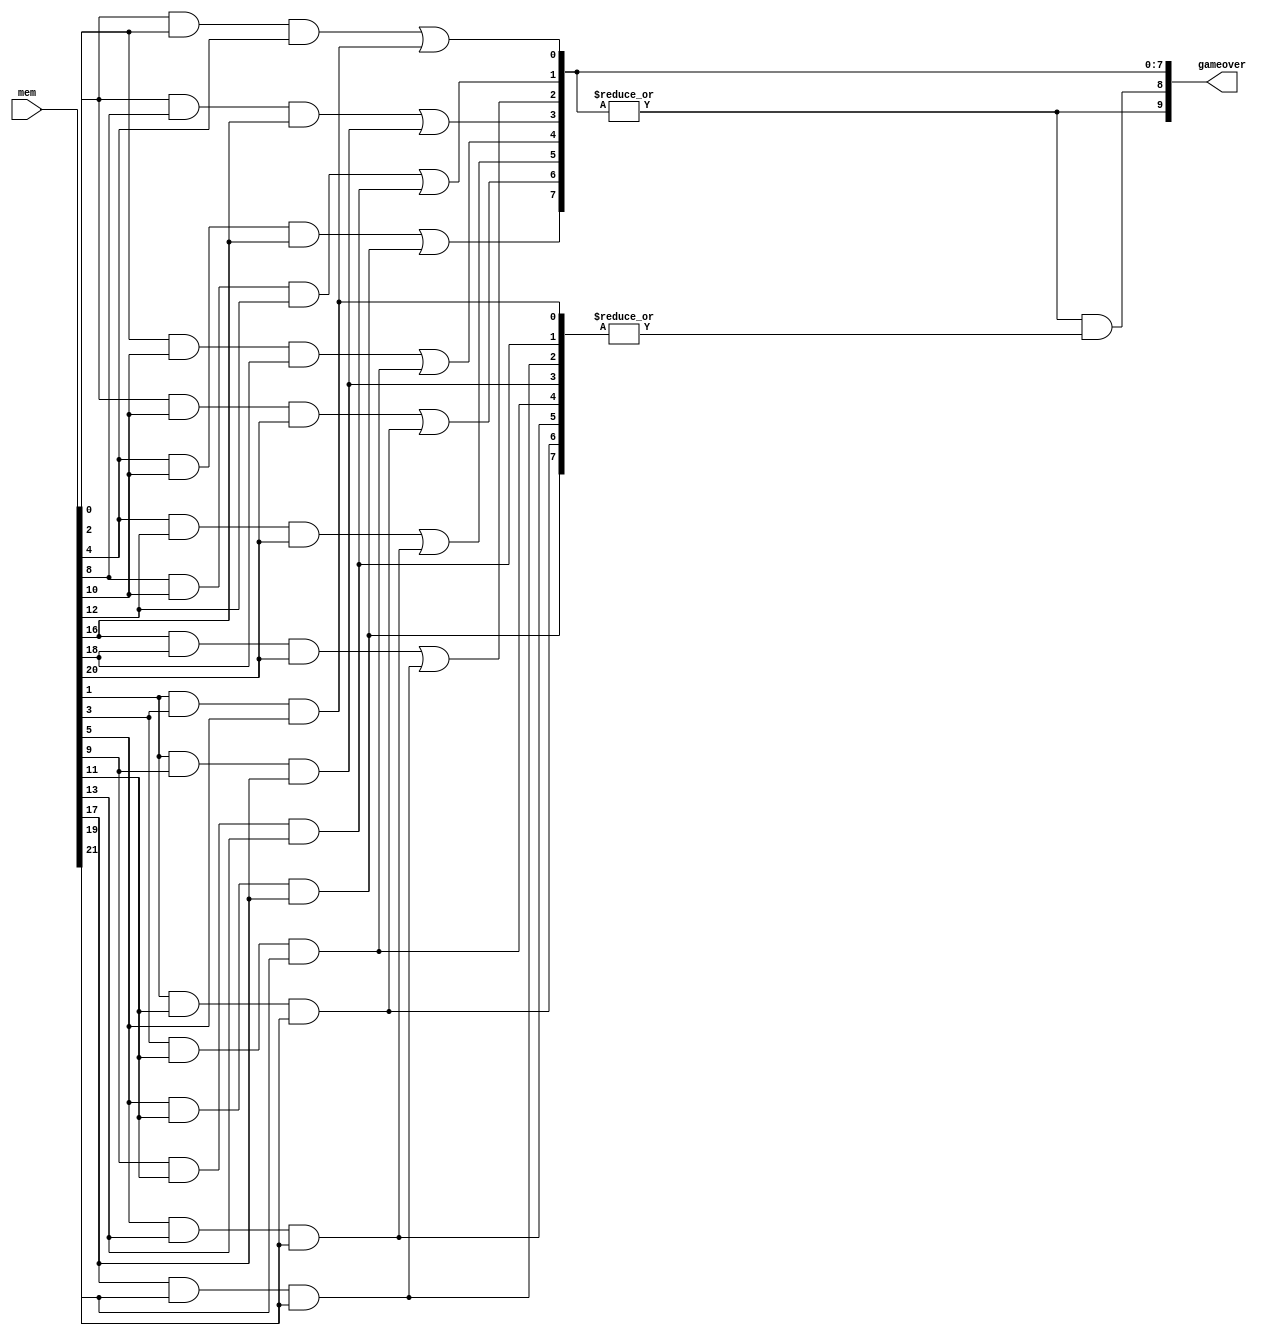
`timescale 1ns / 1ps
//////////////////////////////////////////////////////////////////////////////////
// Company: 
// Engineer: 
// 
// Design Name: 
// Module Name: go_encode
// Project Name: 
// Target Devices: 
// Tool Versions: 
// Description: 
// 
// Dependencies: 
// 
// Revision:
// Revision 0.01 - File Created
// Additional Comments:
// 
//////////////////////////////////////////////////////////////////////////////////

module go_encode(
    input [31:0] mem,
    output [9:0] gameover
    );
    //gameover: bool win, bool winner, bool line[8]
    wire [15:0] line;
    
    // P1 has won in one of eight ways: row 1-3, column 1-3, diagonal up left to bottom right, diagonal up right to bottom left
    assign line[0] = (mem[0] & mem[2] & mem[4]);
    assign line[1] = (mem[8] & mem[10] & mem[12]);
    assign line[2] = (mem[16] & mem[18] & mem[20]);
    assign line[3] = (mem[0] & mem[8] & mem[16]);
    assign line[4] = (mem[2] & mem[10] & mem[18]);
    assign line[5] = (mem[4] & mem[12] & mem[20]);
    assign line[6] = (mem[0] & mem[10] & mem[20]);
    assign line[7] = (mem[4] & mem[10] & mem[16]);
    
    // P2 has won (in the same ways/order as P1 above)
    assign line[8] = (mem[1] & mem[3] & mem[5]);
    assign line[9] = (mem[9] & mem[11] & mem[13]);
    assign line[10] = (mem[17] & mem[19] & mem[21]);
    assign line[11] = (mem[1] & mem[9] & mem[17]);
    assign line[12] = (mem[3] & mem[11] & mem[19]);
    assign line[13] = (mem[5] & mem[13] & mem[21]);
    assign line[14] = (mem[1] & mem[11] & mem[21]);
    assign line[15] = (mem[5] & mem[11] & mem[17]);
    

    assign gameover[0] = line[0] | line[8];
    assign gameover[1] = line[1] | line[9];
    assign gameover[2] = line[2] | line[10];
    assign gameover[3] = line[3] | line[11];
    assign gameover[4] = line[4] | line[12];
    assign gameover[5] = line[5] | line[13];
    assign gameover[6] = line[6] | line[14];
    assign gameover[7] = line[7] | line[15];
    
    assign gameover[8] = gameover[9] & |line[15:8]; // game is over and P2 has won
    
    
    assign gameover[9] = |gameover[7:0]; // game is over
    
    // [9:8] == 2'b10 implies that game is over and p1 has won
endmodule